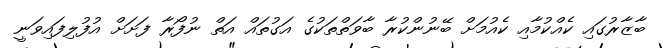
ބާޒާރުގައި ކެއްކުމާއި ކެއުމަށް ބޭނުންކުރާ ބާވަތްތަކުގެ އަގުތައް އަތް ނުފޯރާ ފަށަށް އުފުލިފައިވަނީ